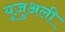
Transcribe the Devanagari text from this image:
यूज़ुअली